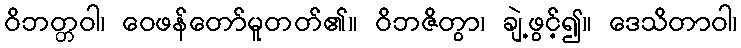
ဝိဘတ္တဝါ၊ ဝေဖန်တော်မူတတ်၏။ ဝိဘဇိတွာ၊ ချဲ့ဖွင့်၍။ ဒေသိတာဝါ၊